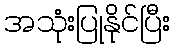
အသုံးပြုနိုင်ပြီး